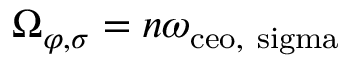
\Omega _ { \varphi , \sigma } = n \omega _ { \mathrm { c e o , \ s i g m a } }